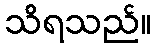
သိရသည်။